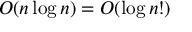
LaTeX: O ( n \log n ) = O ( \log n ! )